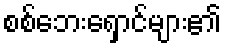
စစ်ဘေးရှောင်များ၏